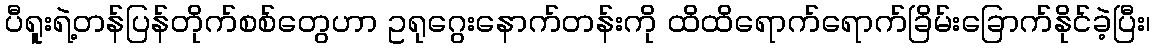
ပီရူးရဲ့တန်ပြန်တိုက်စစ်တွေဟာ ဥရုဂွေးနောက်တန်းကို ထိထိရောက်ရောက်ခြိမ်းခြောက်နိုင်ခဲ့ပြီး၊